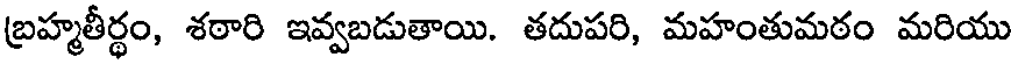
బ్రహ్మతీర్థం, శఠారి ఇవ్వబడుతాయి. తదుపరి, మహంతుమఠం మరియు